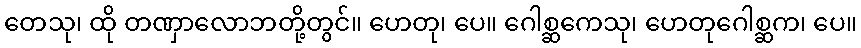
တေသု၊ ထို တဏှာလောဘတို့တွင်။ ဟေတု၊ ပေ။ ဂေါစ္ဆကေသု၊ ဟေတုဂေါစ္ဆက၊ ပေ။